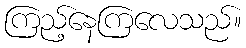
ကြည့်နေကြလေသည်။